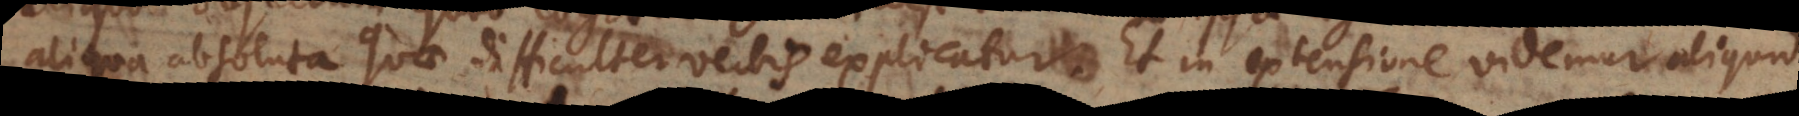
aliqua absoluta quae difficulter verbis explicatur. Et in extensione videmur aliquid